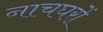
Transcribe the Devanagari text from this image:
नाचघरों